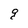
Character: g